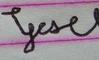
Signature authenticity: forged